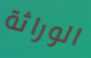
الوراثة